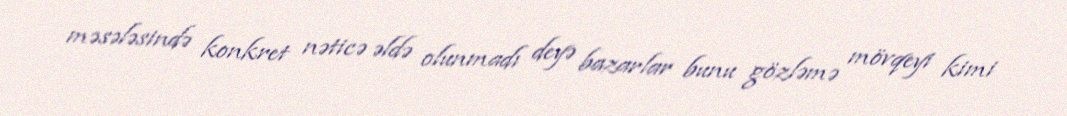
məsələsində konkret nəticə əldə olunmadı deyə bazarlar bunu gözləmə mövqeyi kimi